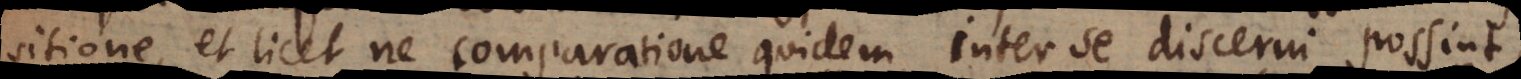
sitione, et licet ne comparatione quidem inter se discerni possint,